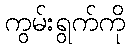
ကွမ်းရွက်ကို